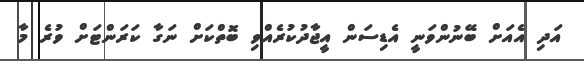
އަދި އެއަށް ބޭނުންވަނީ އެޑިސަން އީޖާދުކުރެއްވި ބޮތްކަށް ނަގާ ކަރަންޓަށް ވުރެ މާ